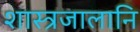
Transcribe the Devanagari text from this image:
शास्त्रजालानि